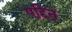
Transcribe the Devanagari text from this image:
एद्दिन